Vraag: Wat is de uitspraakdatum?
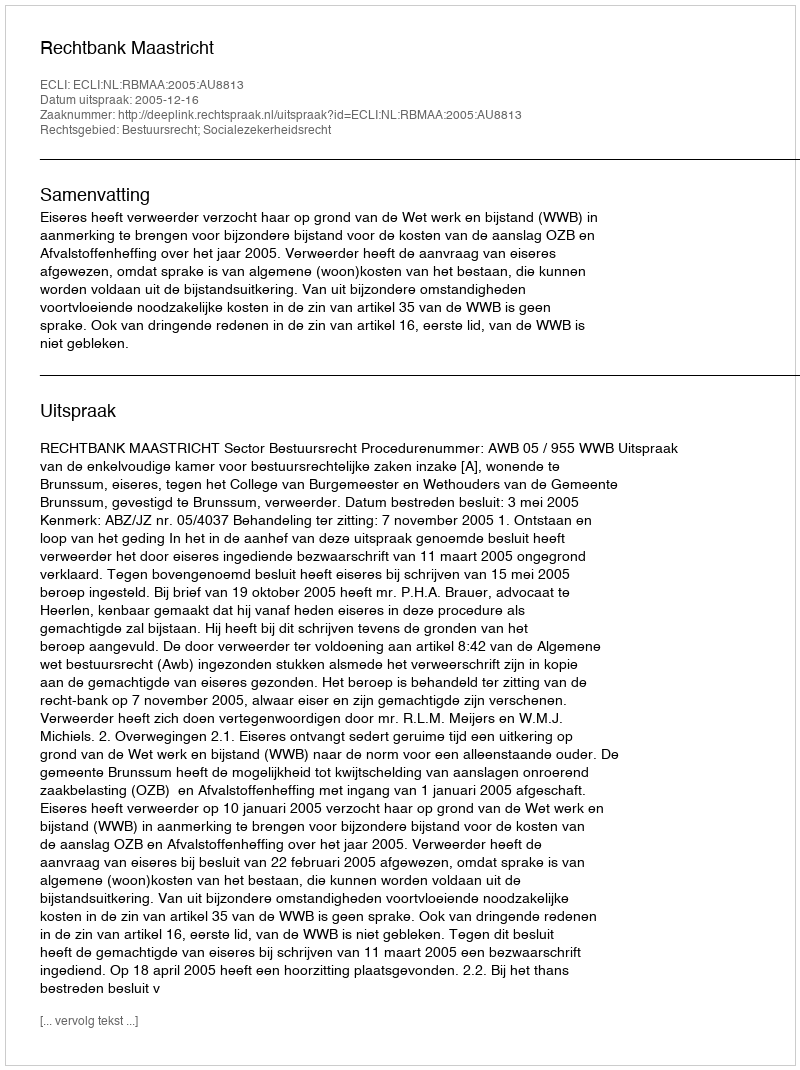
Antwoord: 2005-12-16